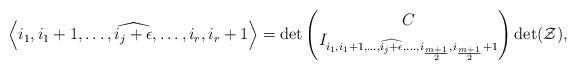
LaTeX: \begin{align*} \left\langle i_{1},i_{1}+1,\dots,\widehat{i_{j}+\epsilon},\dots,i_{r},i_{r}+1\right\rangle =\det\left(\begin{matrix}C\\ I_{i_{1},i_{1}+1,\ldots,\widehat{i_{j}+\epsilon},\ldots,i_{\frac{m+1}{2}},i_{\frac{m+1}{2}}+1} \end{matrix}\right)\det(\mathcal{Z}), \end{align*}